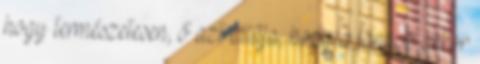
hogy természetesen, ő azt állítja, hogy a lányok akkor